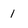
Character: 1